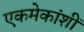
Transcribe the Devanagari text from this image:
एकमेकांशीं